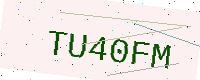
Text: TU40FM